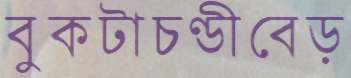
বুকটাচণ্ডীবেড়